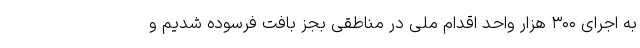
به اجرای ۳۰۰ هزار واحد اقدام ملی در مناطقی بجز بافت فرسوده شدیم و